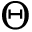
\Theta